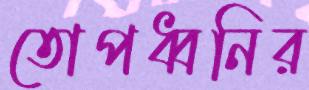
তোপধ্বনির